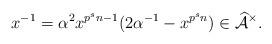
LaTeX: \begin{align*}x^{-1}=\alpha^2x^{p^sn-1}(2\alpha^{-1}-x^{p^sn})\in \widehat{\mathcal{A}}^{\times}.\end{align*}